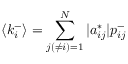
\langle k _ { i } ^ { - } \rangle = \sum _ { j ( \neq i ) = 1 } ^ { N } | a _ { i j } ^ { * } | p _ { i j } ^ { - }